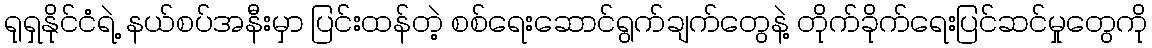
ရုရှနိုင်ငံရဲ့ နယ်စပ်အနီးမှာ ပြင်းထန်တဲ့ စစ်ရေးဆောင်ရွက်ချက်တွေနဲ့ တိုက်ခိုက်ရေးပြင်ဆင်မှုတွေကို